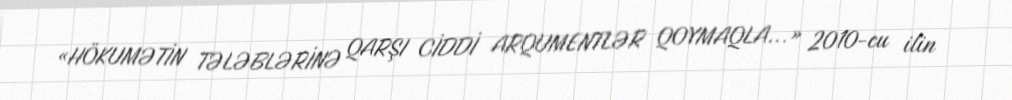
«HÖKUMƏTİN TƏLƏBLƏRİNƏ QARŞI CİDDİ ARQUMENTLƏR QOYMAQLA...» 2010-cu ilin